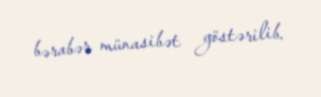
bərabər münasibət göstərilib.